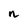
Character: n